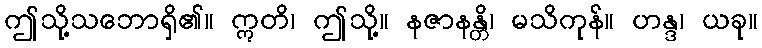
ဤသို့သဘောရှိ၏။ ဣတိ၊ ဤသို့။ နဇာနန္တိ၊ မသိကုန်။ ဟန္ဒ၊ ယခု။